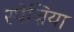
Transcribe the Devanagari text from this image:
स्पेज़िया